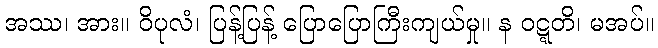
အဿ၊ အား။ ဝိပုလံ၊ ပြန့်ပြန့် ပြောပြောကြီးကျယ်မှု။ န ဝဋ္ဋတိ၊ မအပ်။